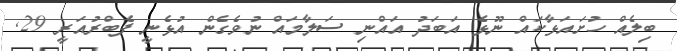
ބިލެއް ހުށައަޅާކައް ނޫޅެ އަބަދު އައްނި ސަލާމައް ނުވެގެން އުޅެނީ ފެބްރުއަރީ 29